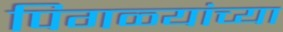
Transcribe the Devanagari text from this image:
पिगळ्यांच्या